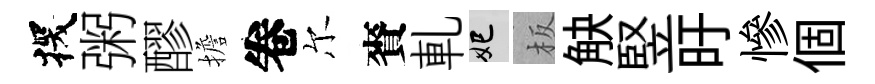
探粥醪擔卷尔賚軋妃板觖竪旴慘個